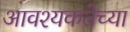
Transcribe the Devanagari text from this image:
आवश्यकतेच्या